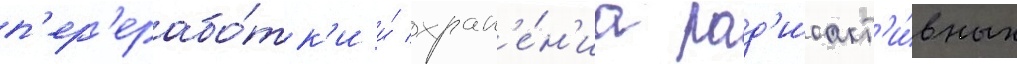
п'ер'ерабо́тк'и и́ хран'е́н'иа рад'иоакт'и́вных